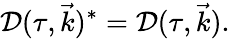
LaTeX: {\cal\mathcal{D}}(\tau,\vec{{k}})^{*}={\cal\mathcal{D}}(\tau,\vec{{k}}).